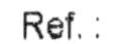
REF.: